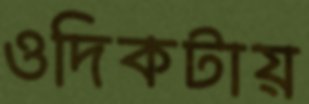
ওদিকটায়